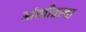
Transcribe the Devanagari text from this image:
आंह्वीतल्या